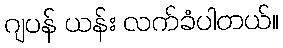
ဂျပန် ယန်း လက်ခံပါတယ်။